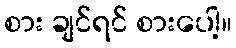
စား ချင်ရင် စားပေါ့။